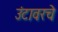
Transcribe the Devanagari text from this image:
उंटावरचे